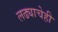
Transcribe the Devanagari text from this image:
लढ्याचेही